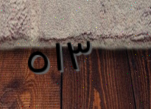
٥١٣